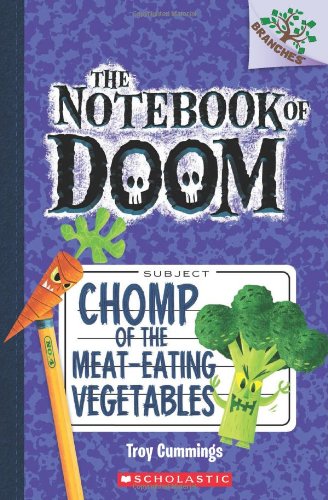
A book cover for The Notebook of Doom #4: Chomp of the Meat-Eating Vegetables (A Branches Book); Troy Cummings; Children's Books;